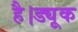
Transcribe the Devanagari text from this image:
है।ड्यूक